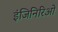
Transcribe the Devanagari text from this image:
इंजिनिरिओं